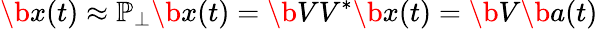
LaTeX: \b{x}(t)\approx\mathbb{P}_{\perp}\b{x}(t)=\b{VV}^{*}\b{x}(t)=\b{V}\b{a}(t)